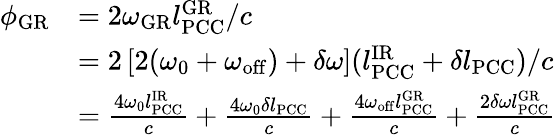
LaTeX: \begin{array}{rl}{\phi_{\mathrm{GR}}}&{=2\omega_{\mathrm{GR}}l_{\mathrm{PCC}}^{\mathrm{GR}}/c}\\ &{=2\left[2(\omega_{0}+\omega_{\mathrm{off}})+\delta\omega\right](l_{\mathrm{PCC}}^{\mathrm{IR}}+\delta l_{\mathrm{PCC}})/c}\\ &{=\frac{4\omega_{0}l_{\mathrm{PCC}}^{\mathrm{IR}}}{c}+\frac{4\omega_{0}\delta l_{\mathrm{PCC}}}{c}+\frac{4\omega_{\mathrm{off}}l_{\mathrm{PCC}}^{\mathrm{GR}}}{c}+\frac{2\delta\omega l_{\mathrm{PCC}}^{\mathrm{GR}}}{c}}\end{array}